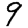
Digit: 9